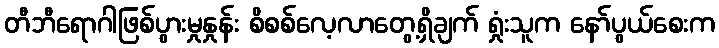
တီဘီရောဂါဖြစ်ပွားမှုနှုန်း စိစစ်လေ့လာတွေ့ရှိချက် ရှုံးသူက နော်ပွယ်စေးက